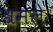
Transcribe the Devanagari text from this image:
श्रमले